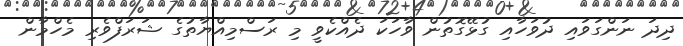
ދިދަ ނަންގަވައި ދުވަހާއި ގުޅޭގޮތުން ވާހަކަ ދެއްކެވީ މި ރަސްމިއްޔާތުގެ ޝަރަފްވެރި މެހްމާން